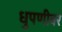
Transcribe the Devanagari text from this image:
धुपणीवर